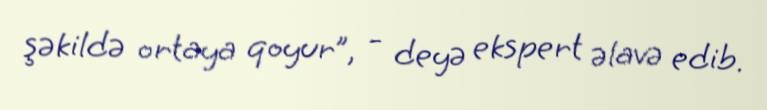
şəkildə ortaya qoyur”, - deyə ekspert əlavə edib.